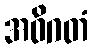
အဝိဂတံ